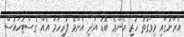
އެރަށުގައި މިވަގުތު ހުރި އެންމެ ބޮޑު އަދި އެންމެ ފުރިހަމަ އެއް ގެސްޓުހައުސް